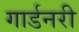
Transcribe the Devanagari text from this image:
गार्डनरी